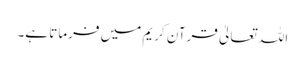
اللہ تعالیٰ قرآنِ کریم میں فرماتا ہے۔